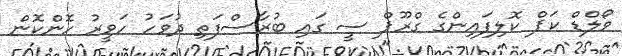
ވޯލްޑް ކަޕް ކޮލިފައިންގެ ގްރޫޕް ސީ ގައި ބުރާސްފަތި ދުވަހު ހަވީރު ހޮންކޮން